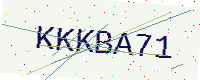
Text: KKKBA71